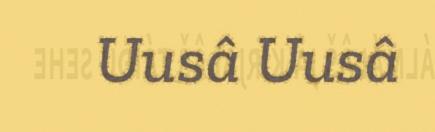
Uusâ Uusâ